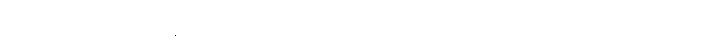
ပက်ထရစ်ရှာဟာ မြန်မာစာ ပါမောက္ခ ဒေါက်တာလှဘေကို သူ့ဖခင်လို အထူးခင်မင်ပြီး